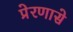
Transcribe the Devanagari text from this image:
प्रेरणासे